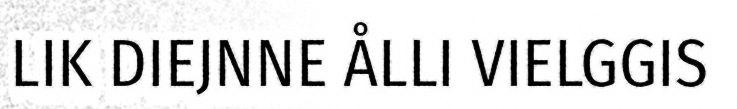
LIK DIEJNNE ÅLLI VIELGGIS